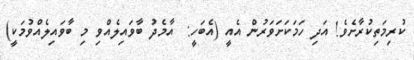
ކުރިމަތިކުރާށެވެ! އަދި ހަމަކަށަވަރުން އެއީ (އެބަހީ:  އާމެދު ބާވައިލެއްވި މި ބާވައިލެއްވުމަކީ)